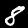
Label: 8